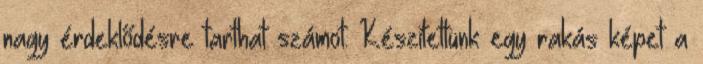
nagy érdeklődésre tarthat számot. Készítettünk egy rakás képet a